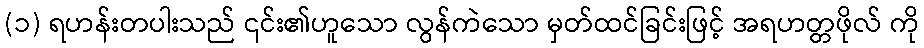
(၁) ရဟန်းတပါးသည် ၎င်း၏ဟူသော လွန်ကဲသော မှတ်ထင်ခြင်းဖြင့် အရဟတ္တဖိုလ် ကို